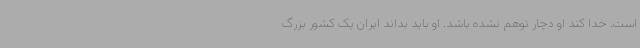
است. خدا کند او دچار توهم نشده باشد. او باید بداند ایران یک کشور بزرگ